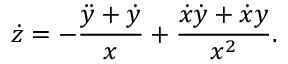
\dot { z } = - \frac { \ddot { y } + \dot { y } } { x } + \frac { \dot { x } \dot { y } + \dot { x } y } { x ^ { 2 } } .